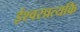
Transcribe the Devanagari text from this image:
ईश्वरप्रत्यकि